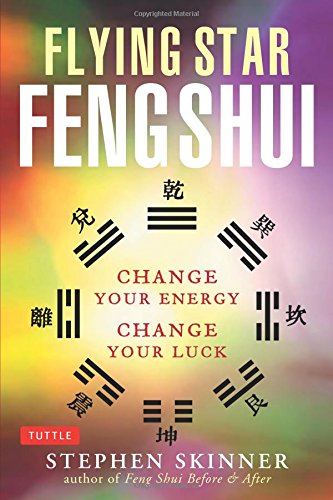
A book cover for Flying Star Feng Shui: Change your Energy; Change your Luck; Stephen Skinner; Religion & Spirituality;